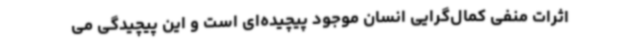
اثرات منفی کمال‌گرایی انسان‌ موجود پیچیده‌ای است و این پیچیدگی می